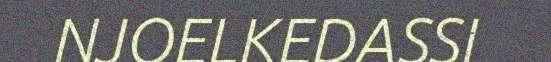
NJOELKEDASSI